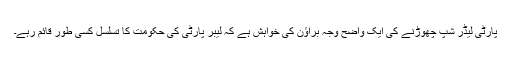
پارٹی لیڈر شپ چھوڑنے کی ایک واضح وجہ براؤن کی خواہش ہے کہ لیبر پارٹی کی حکومت کا تسلسل کسی طور قائم رہے۔